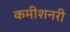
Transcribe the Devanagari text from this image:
कमीशनरी